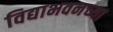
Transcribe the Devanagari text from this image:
विद्याभवनच्या